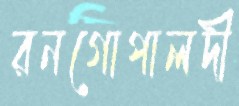
রনগোপালদী